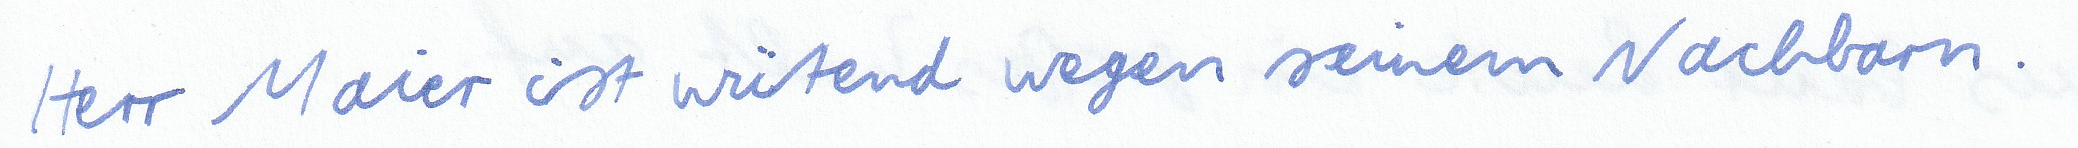
Herr Maier ist wütend wegen seinem Nachbarn.